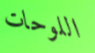
اللوحات